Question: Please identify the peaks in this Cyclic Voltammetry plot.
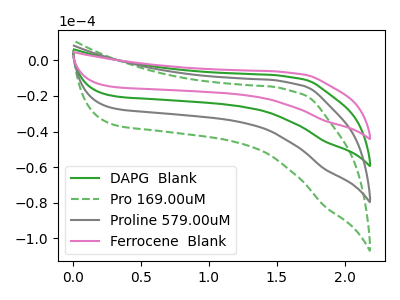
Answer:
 <answer>The green curve "DAPG  Blank" has no peaks. The green dashed curve "Pro 169.00uM" has no peaks. The gray curve "Proline 579.00uM" has no peaks. The pink curve "Ferrocene  Blank" has no peaks.</answer>
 <eval></eval>